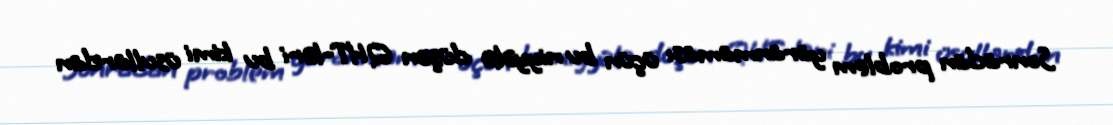
Sonradan problem yaranmaması üçün bu niyyətə düşən QHT-ləri bu kimi üsullardan